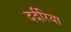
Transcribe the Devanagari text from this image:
दर्दरिया